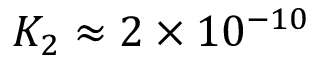
K _ { 2 } \approx 2 \times 1 0 ^ { - 1 0 }